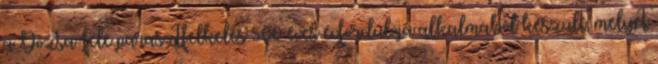
a Dózsa-féle parasztfelkelés 500 éves évfordulója alkalmából készült, melyet